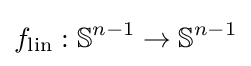
f_{\text{lin}}:\mathbb {S} ^{n-1}\to \mathbb {S} ^{n-1}